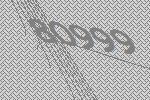
80999